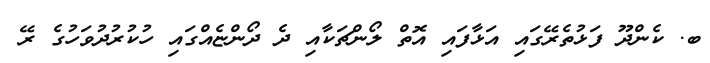
ބ. ކެންދޫ ފަޅުތެރޭގައި އަޅާފައި އޮތް ލޯންޗަކާއި ދެ ދޯންޏެއްގައި ހުކުރުދުވަހުގެ ރޭ